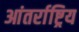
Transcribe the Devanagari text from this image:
आंतर्राष्ट्रिय